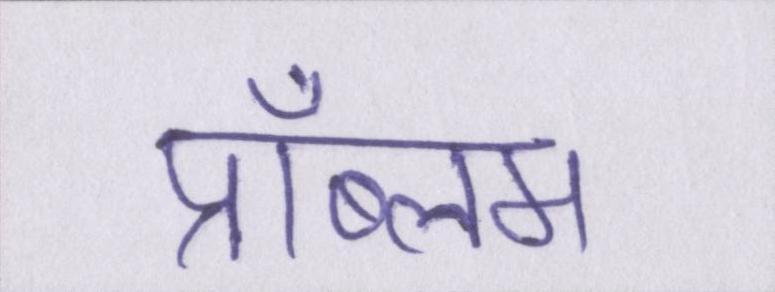
प्रॉब्लम